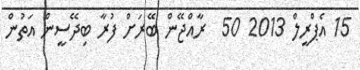
15 އެޕްރީލް 2013 50  ރާއްޖޭން ބޭރަށް ފުރާ ބިދޭސީން އަތުން